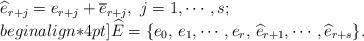
LaTeX: \begin{align*}\begin{array}{l}\widehat e_{r+j}=e_{r+j}+\overline e_{r+j},~ j=1,\cdots,s;\\begin{align*}4pt] \widehat E=\{e_0,\,e_1,\cdots,e_r,\, \widehat e_{r+1},\cdots,\widehat e_{r+s}\}. \end{array}\end{align*}